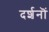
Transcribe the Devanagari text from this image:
दर्शनॊं